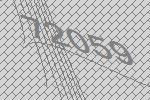
72059